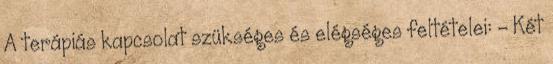
A terápiás kapcsolat szükséges és elégséges feltételei: - Két